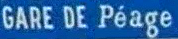
GARE DE PÉAGE